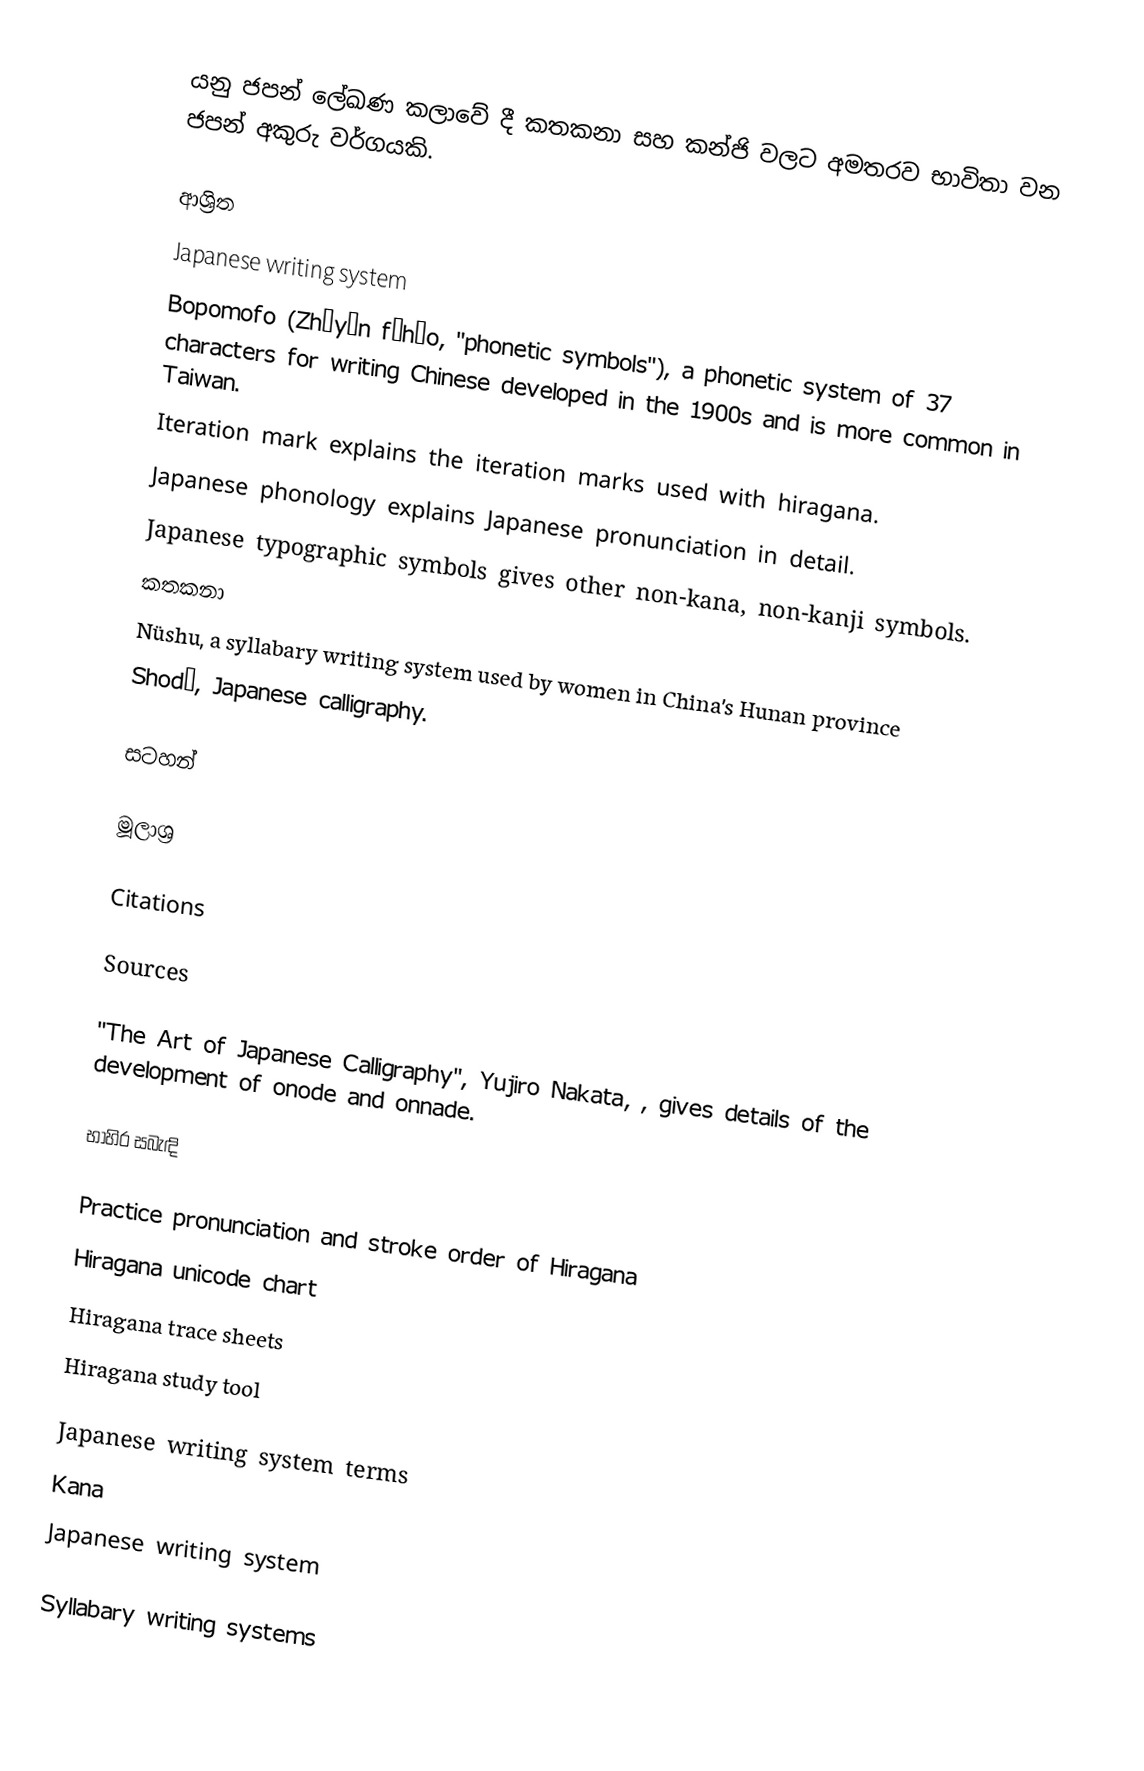
යනු ජපන් ලේඛණ කලාවේ දී කතකනා සහ කන්ජි වලට අමතරව භාවිතා වන ජපන් අකුරු වර්ගයකි.

ආශ්‍රිත
Japanese writing system
Bopomofo (Zhùyīn fúhào, "phonetic symbols"), a phonetic system of 37 characters for writing Chinese developed in the 1900s and is more common in Taiwan.
Iteration mark explains the iteration marks used with hiragana.
Japanese phonology explains Japanese pronunciation in detail.
Japanese typographic symbols gives other non-kana, non-kanji symbols.
කතකනා
Nüshu, a syllabary writing system used by women in China's Hunan province
Shodō, Japanese calligraphy.

සටහන්

මූලාශ්‍ර

Citations

Sources

 "The Art of Japanese Calligraphy", Yujiro Nakata, , gives details of the development of onode and onnade.

භාහිර සබැඳි

 Practice pronunciation and stroke order of Hiragana
 Hiragana unicode chart
 Hiragana trace sheets
 Hiragana study tool

Japanese writing system terms
Kana
Japanese writing system

Syllabary writing systems